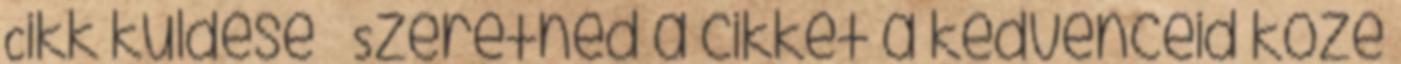
Cikk küldése » Szeretnéd a cikket a kedvenceid közé